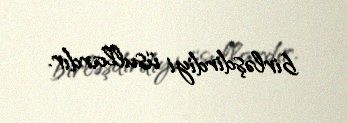
birləşdirdiyi üsullardır.